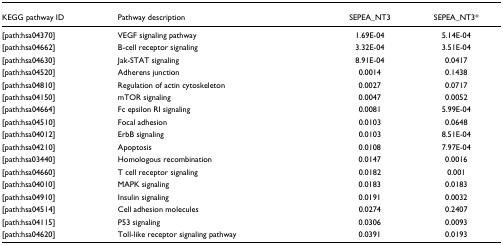
<table><thead><tr><td><b>KEGG pathway ID</b></td><td><b>Pathway description</b></td><td><b>SEPEA_NT3</b></td><td><b>SEPEA_NT3*</b></td></tr></thead><tbody><tr><td>[path:hsa04370]</td><td>VEGF signaling pathway</td><td>1.69E-04</td><td>5.14E-04</td></tr><tr><td>[path:hsa04662]</td><td>B-cell receptor signaling</td><td>3.32E-04</td><td>3.51E-04</td></tr><tr><td>[path:hsa04630]</td><td>Jak-STAT signaling</td><td>8.91E-04</td><td>0.0417</td></tr><tr><td>[path:hsa04520]</td><td>Adherens junction</td><td>0.0014</td><td>0.1438</td></tr><tr><td>[path:hsa04810]</td><td>Regulation of actin cytoskeleton</td><td>0.0027</td><td>0.0717</td></tr><tr><td>[path:hsa04150]</td><td>mTOR signaling</td><td>0.0047</td><td>0.0052</td></tr><tr><td>[path:hsa04664]</td><td>Fc epsilon RI signaling</td><td>0.0081</td><td>5.99E-04</td></tr><tr><td>[path:hsa04510]</td><td>Focal adhesion</td><td>0.0103</td><td>0.0648</td></tr><tr><td>[path:hsa04012]</td><td>ErbB signaling</td><td>0.0103</td><td>8.51E-04</td></tr><tr><td>[path:hsa04210]</td><td>Apoptosis</td><td>0.0108</td><td>7.97E-04</td></tr><tr><td>[path:hsa03440]</td><td>Homologous recombination</td><td>0.0147</td><td>0.0016</td></tr><tr><td>[path:hsa04660]</td><td>T cell receptor signaling</td><td>0.0182</td><td>0.001</td></tr><tr><td>[path:hsa04010]</td><td>MAPK signaling</td><td>0.0183</td><td>0.0183</td></tr><tr><td>[path:hsa04910]</td><td>Insulin signaling</td><td>0.0191</td><td>0.0032</td></tr><tr><td>[path:hsa04514]</td><td>Cell adhesion molecules</td><td>0.0274</td><td>0.2407</td></tr><tr><td>[path:hsa04115]</td><td>P53 signaling</td><td>0.0306</td><td>0.0093</td></tr><tr><td>[path:hsa04620]</td><td>Toll-like receptor signaling pathway</td><td>0.0391</td><td>0.0193</td></tr></tbody></table>